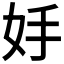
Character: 𡛊